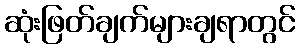
ဆုံးဖြတ်ချက်များချရာတွင်